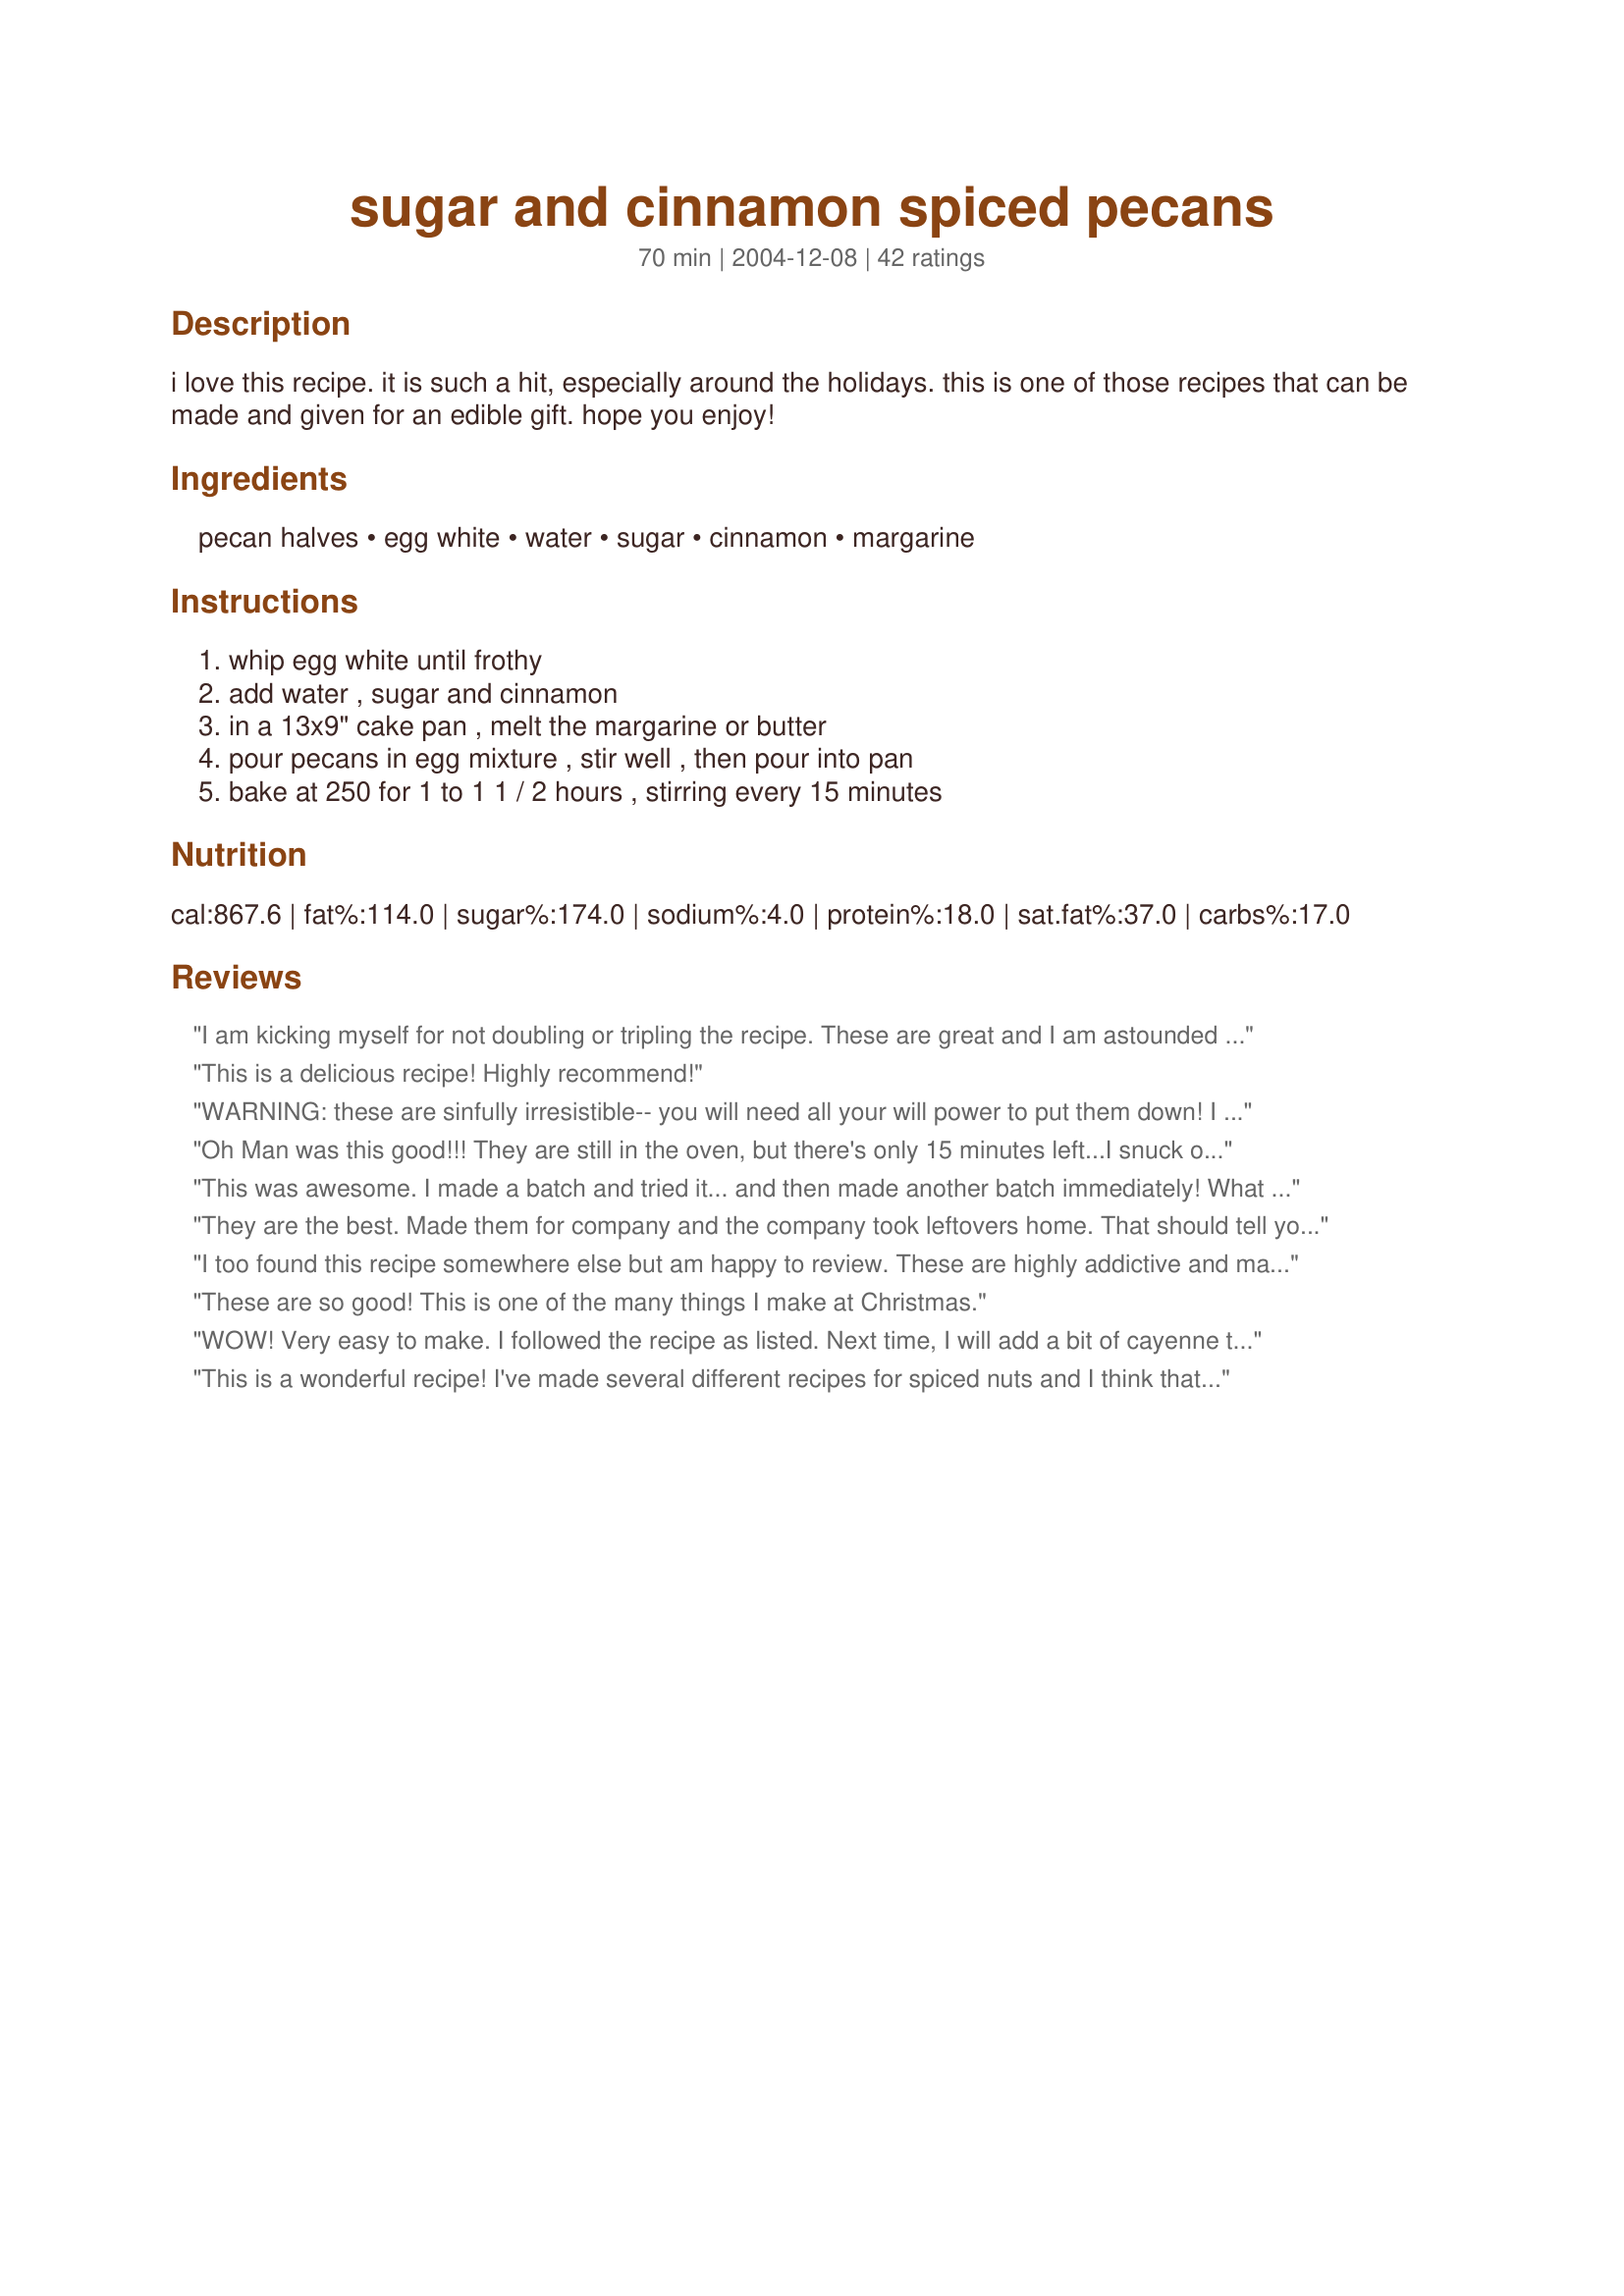
sugar and cinnamon spiced pecans
Preparation time: 70 minutes

i love this recipe. it is such a hit, especially around the holidays. this is one of those recipes that can be made and given for an edible gift. hope you enjoy!

Ingredients:
pecan halves, egg white, water, sugar, cinnamon, margarine

Steps:
whip egg white until frothy, add water , sugar and cinnamon, in a 13x9" cake pan , melt the margarine or butter, pour pecans in egg mixture , stir well , then pour into pan, bake at 250 for 1 to 1 1 / 2 hours , stirring every 15 minutes

Reviews:
I am kicking myself for not doubling or tripling the recipe. These are great and I am astounded by the way they turned out. IF you can resist munching these into oblivion, they are definitely a great gift. I would recommend that you use the highest quality cinnamon you can get your hands on. In a pinch, I picked up McCormack's Saigon Cinnamon from their higher end supermarket spice line. Thanks for a great recipe.
This is a delicious recipe! Highly recommend!
WARNING: these are sinfully irresistible-- you will need all your will power to put them down! I made them to give as gifts but they were immediately devoured by my family. I'll make more tomorrow and double the batch. Thanks for posting this wonderful and easy recipe.
Oh Man was this good!!! They are still in the oven, but there's only 15 minutes left...I snuck one and it was SOOOOO good! Pretty easy too. The only thing that I did differently is that I soaked up some of the butter after an hour just because it was a lot of butter and the pecans weren't crisping up. These are so good though! I will definitely make them again! Thank you!
This was awesome. I made a batch and tried it... and then made another batch immediately! What a huge hit at home, I will be making more. Next time I'll try using 1/2 maple sugar and 1/2 sugar to try a maple taste. What an awesome recipe - thank you!
They are the best. Made them for company and the company took leftovers home. That should tell you all how good they are. A keeper for sure. Thanks!
I too found this recipe somewhere else but am happy to review. These are highly addictive and make twice as many as you think you will need because they disappear in a flash! Thanks for posting!
These are so good! This is one of the many things I make at Christmas.
WOW! Very easy to make. I followed the recipe as listed. Next time, I will add a bit of cayenne to spice up the pecans, as I like sweet and spicy. That is just my personal taste. 
People LOVED these pecans. I took these to a party and people parked themselves next to them and didn't move until they were gone. Everyone commented how addictive they were.
Wonderful recipe!!!

This is a wonderful recipe! I've made several different recipes for spiced nuts and I think that this is the best yet. I was a little apprehensive at first when I mixed the sugar with the egg white and started mixing - this isn't the way the other recipes I've made did it (I've always had to coat the nuts with egg whites first and then add in the sugar mixture). Also, I was sort of scared when I saw the nuts swimming in butter (I thought "Oh no! I've wasted a stick of butter and the pecans are going to be greasy") - my apprehension was uncalled for. The butter "evaporated" (along with their calories I think) and after an hour and a half in the oven, I had a pan full of delicious pecans. After taking the nuts out of the oven, I placed them on a sheet of parchment paper to cool. Thank you so much for sharing this recipe!!!
These are sooooooo good! A little time consuming, but not hard at all, and fairly inexpensive if you buy the nuts in bulk. They will make great Christmas presents this year!
Thumbs up for a delicious recipe. Maybe some brown sugar next time? Hmmm... you have started a new tradition at our house.
Excellent! I made these and gave them to my neighbors for Christmas. Thanks for the recipe.
5 stars all the way! I made a scaled down "test batch" of these yesterday because I'm already trying to decide what to make for the upcoming holidays. The directions were easy to follow and the results were fantastic. Instead of pecans I used peanuts (Kirkland Signature makes some extra crunchy ones that have a really nice taste in this) and I added a teaspoon of vanilla extract. I used margarine and it worked out fine. After the nuts were mostly cooled, I put them on some paper towel to drain off any extra margarine residue though. One hour of baking time was enough for my oven. Thanks so much for posting...my family is *definitely* going to enjoy these!
I actually found this exact recipe somewhere other than Zaar and was going to post myself, but I am happy to review it, instead. I had several pounds of pecans in my freezer from last season which I needed to use quickly so I have made this recipe 4 times. I used salted butter instead of the margarine. This is a very easy recipe to put together and the results are just delightful! I also left these in the oven for 1 1/2 hours because they seemed to need that much time to get crispy. Stirring them every 15 minutes, while in the oven, is essentional to obtain the crispy texture and to keep them from sticking together in large clumps. The buttery, sweet flavor is absolutely addicting. Oh, and if you don't eat them all while snacking, try chopping up a cupful and adding to your favorite waffle mix. They make a "to die for" butter pecan waffle!! Great recipe! Thanks for posting!

Wow! Great flavor. I'm on my second batch now. I followed the recipe except added a little vanilla. I would definitely recommend doubling. I wish I had! I would also think that using real butter would make a big difference. I can't wait to see if the second batch turns out as well as the first. Thanks for submitting.
These were very easy and so delicious! I&#039;m putting them in mason jars with ribbon and giving them as hostess gifts.
These are amazing! We served them at Christmas time (sorry for the late review, we have a newborn) anyway, everyone loved them. My mother-in-law and my sister-in-law both asked for the recipe! On a side note, we tried them with walnuts also, and those were wonderful as well. Thanks so much for the wonderful recipe!
My whole house smelled *so* good because of this recipe! They were absolutely wonderful...especially straight from the oven, while still warm. I used real butter (taking the advice of one of the reviewers) and very glad I did. It's hard to believe something so simple can taste so great - I will definitely give these out as gifts at Christmas. Many thanks to BlueHyacinth and all of the great reviewer comments!!
I made these without the butter and I added about an 1/8 tsp.(give or take to your taste) of cayenne pepper. It doesn't read as hot, just a kick in the background that everyone really enjoyed.
i was craving something sweet last night and my husband mentioned roasted pecans. my parents live on a pecan orchard so we always have an abundance on hand. i happened upon this recipe and decided, after reading the reviews, that this was exactly the one for me. i was thoroughly pleased with my decision to go with this one. i made them exactly as written and they turned out perfect. they did need every bit of 90 minutes to cook, but they're totally worth the wait. dh and i have almost eaten them all already. will have to make more for our christmas get-togethers! TY for posting!
Wow! These are so yummy!! I made these for a movie night at our house and they were a hit! I didn't have quite a whole lb. of pecans so they probably didn't turn out as crunchy as they could have, but they were still fantastic! Thanks!
Yummy! I added these to my Christmas cookie platters this year and my family and friends loved them! So easy to do!
Easy and delicious!
Fantastic! I made this to give away for Christms this year (though I accidentally kept a small portion for me to enjoy). Extremely tasty; reminds me of the Bavarian nuts you get at hockey games. In addition to the cinnamon, I also used cloves, ginger, and allspice. I baked these in a largish roasting pan. This is going to become a holiday tradition!
The flavor on these were good, but the texture of the coating wasn't quite what we expected. We like ours to have a more caramelized coating and the sugar on these didn't melt making the coating more crumbly and dry (it stuck to the nuts well, just didn't caramelize). I used salted butter and added a good 1/8 tsp cayenne, 1/2 tsp nutmeg and 1/2 tsp vanilla in addition to what the recipe called for. In retrospect, I should have used more cinnamon and a touch more cayenne as well.
Great recipe with excellent flavor. I left my in for 1 1/2 hours. All the nut lovers in the family loved them. I spooned the nuts out of the cake pan and onto a foil lined cookie sheet to cool. Some of mine I felt were weak on cinnamon others were good. Make sure you get the cinnamon mixed well We wil be making more of these for Christmas give aways. Thank you.
Okay I know it's Spring time and far from the Christmas season but my bf moved in a few month's ago and when he did he brought his children and a 3 lb bag of halved pecan's, no reason for the pecan's, never uses them, just brought them..lol. I got tired of seeing them sitting there and decided while working my way through many great recipes on zaar I would give this recipe a try. Let me tell you, HE LOVE'S THEM! (He might even propose...lol/jk) He even said these were made from pure love, and he isn't the mushy type! So I must say they are a hit and I followed the recipe to the T! Every 15 min. I turned the pecan's and each time I tasted one to see what the difference was and why it was so important...you are right, it keep's them from sticking together, burning, and they are crunchy in the last 15 min. the 1 1/2 hour is a must because it was the last 15 min. that made the difference! I am sure our kid's will love these when they get home from school! Next time were going to try them with a lil paprika and cayene pepper in the mix. THANK'S FOR THE AWESOME RECIPE! By the way, I personally don't care for Pecan's but these are to die for!!!
All that can be said about this recipe is YUM! I have made these several times since Christmas and every single time they have been a hit. For gifts and of course extras for snacking. Couldn't make them without making extra for around the house to have for a quick taste for something spicy and sweet! I did add a touch of fresh nutmeg as I love that spice and I thought it really gave a little something extra to the pecans. But if you don't have nutmeg they really are perfect as the recipe is written. Thank you so much for a wonderful recipe that has made itself a permanent place in my favorites cookbook.
Hugs, Susie
Yummy, easy and made the house smell unbelievable. I used real butter and followed the instructions exactly. Thanks!
These are so easy to make and tasty it was ridiculous! I made these to give as part of my Christmas gifts and ended up eating them all myself. Sad, but true. I did make more for gifts, though, putting them in baggies and tying with a pretty ribbon. Thank you so much for this recipe!
They tasted delicious and I took another commenter's advice and included some in my waffles and it was definitely a great treat! I made 2 lbs worth for Thanksgiving and I'm already out.
These are so incredibly delicious, it's hard to stop munching on them!!! I used real butter, and I'm glad I did; the buttery flavor really came through! After reading the other reviews, I thought it would be wise to double the recipe and use two pans. Again, I'm glad I did, or there wouldn't have been any left to give as gifts!!! They were baked to perfection in 1-1/2 hours, and the kitchen smelled wonderful! These tasty treats are so easy to prepare, and I'll certainly be making them again!
These are absolutely wonderful! The directions were very clear and the pecans baked up just as stated. These are exactly the sugared nuts you buy at the mall for outrageously high prices, but you don't have to do that anymore. I made these as gift, but will definately being making a batch for myself next. Thanks so much for sharing this fabulous recipe.
I made a total of 8 pounds of these over the past holiday season. They are extremely easy to make and very, very popular with my family & friends!
I found a recipe almost identical to this in a old cookbook of mine just yesterday, and like another reviewer was going to post it, but you beat me to it! LOL

This is an excellent recipe! I had gone to my nephew's Eagle Scout program, and at the reception held afterwards, someone had made these, and they were soo delicious, this recipe tastes just like the ones I had! This will make great gifts for Christmas. I am so glad you posted it. Thanks so much.
I made a triple batch and took them to work for a pot luck.. None left when I went home . lol.. Every time I make these, they go fast.!! Now to figure out a way to make them diabetic friendly.. Anyone have any ideas?
Great recipe! Followed instructions exactly. I used pecan pieces to use in a salad and froze the rest. It stays in the freezer for months fine.
Delicious!! We made these last night to give as Christmas gifts. I hope there will still be some left to wrap up for others, as we can't stop snacking on them! The house smelled so good as the pecans were baking in the oven. Other than having to make sure you are around every 15 minutes to stir the nuts, the recipe was very easy to prepare. Thanks for this keeper!
Worked out very well. I used brown sugar and about half as much as the recipe called for. They were still sweet enough and a hit over the holidays.
These are very easy to make. Cooked 2 hours ....Thanks so much for sharing !
Everyone loved them. They were very easy to make. They did need the full 1.5 hour cook time as other posters have said. Thanks!
